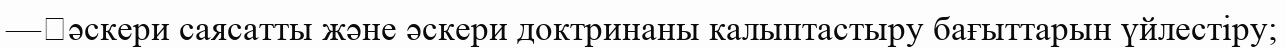
—	әскери саясатты және әскери доктринаны калыптастыру бағыттарын үйлестіру;